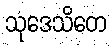
သုဒေသိတေ